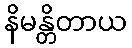
နိမန္တိတာယ